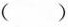
()